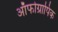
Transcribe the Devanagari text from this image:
ऑर्फाग्रापिक